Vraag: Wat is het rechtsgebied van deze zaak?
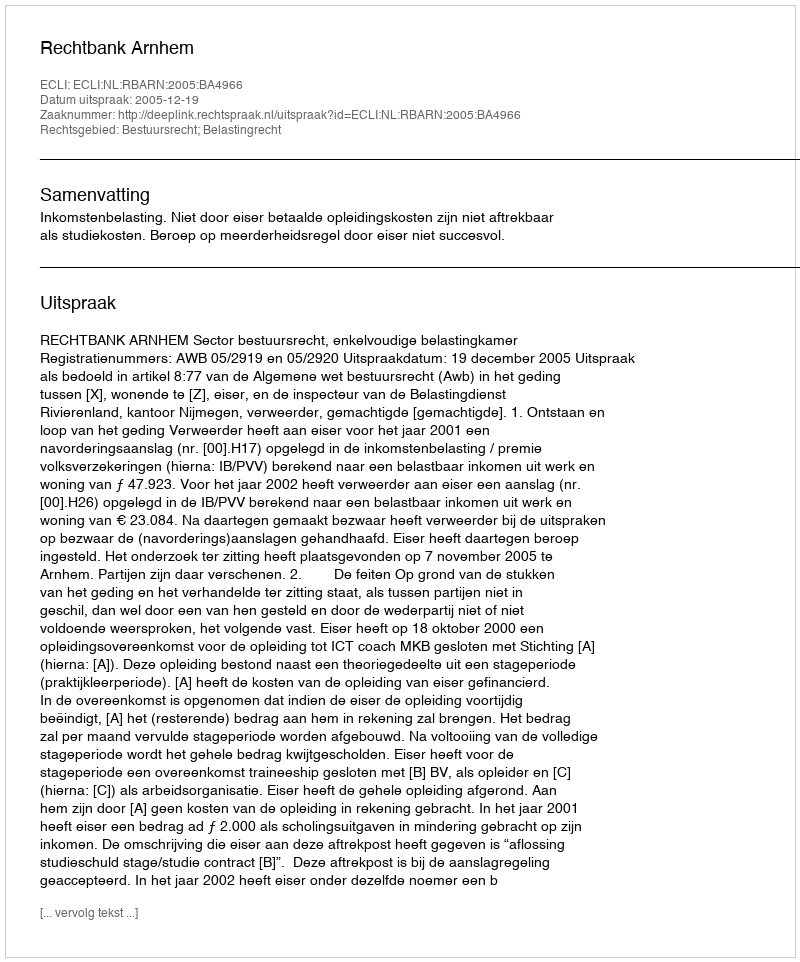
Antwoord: Bestuursrecht; Belastingrecht